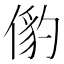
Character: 𬿅